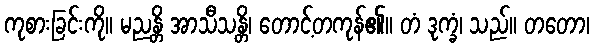
ကုစားခြင်းကို။ မညန္တိ အာသီသန္တိ၊ တောင့်တကုန်၏။ တံ ဒုက္ခံ၊ သည်။ တတော၊